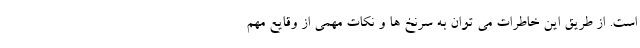
است. از طریق این خاطرات می توان به سرنخ ها و نکات مهمی از وقایع مهم